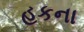
હકના